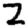
Digit: 2